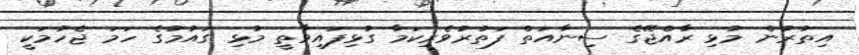
އިތުރުން މުޅި ރާއްޖޭގެ ސިނާއަތް ފަތުރުވެރިކަމާ ގުޅިފައިވާތީ މުޅި ގައުމުގެ ހަމަ ޖެހުމަކީ